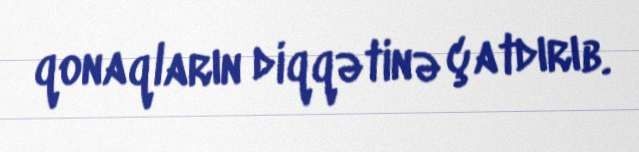
qonaqların diqqətinə çatdırıb.